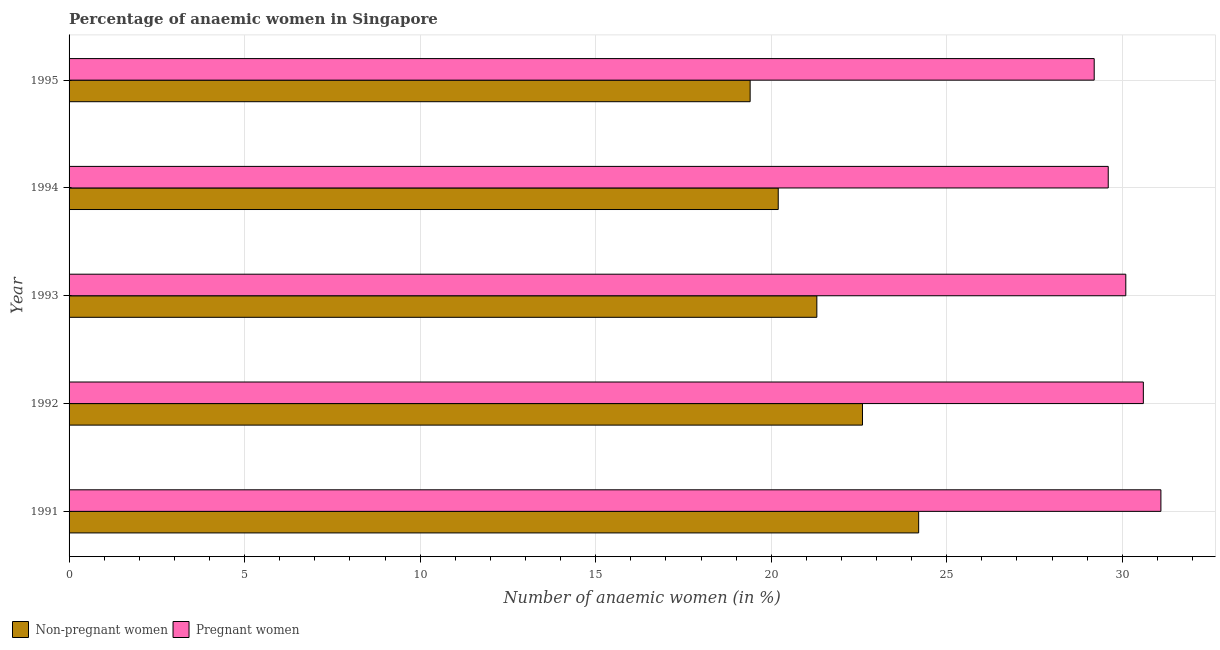
| Year | Non-pregnant women | Pregnant women |
 | --- | --- | --- |
 | 1991 | 24.2 | 31.1 |
 | 1992 | 22.6 | 30.6 |
 | 1993 | 21.3 | 30.1 |
 | 1994 | 20.2 | 29.6 |
 | 1995 | 19.4 | 29.2 |